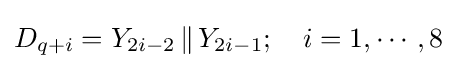
D_{q+i}=Y_{2i-2}\,\|\,Y_{2i-1};\quad i=1,\cdots ,8